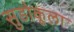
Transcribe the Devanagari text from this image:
सुडोकूला